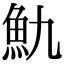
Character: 𩵍